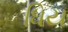
ધિય